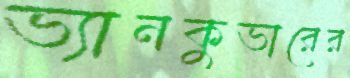
ভ্যানকুভারের